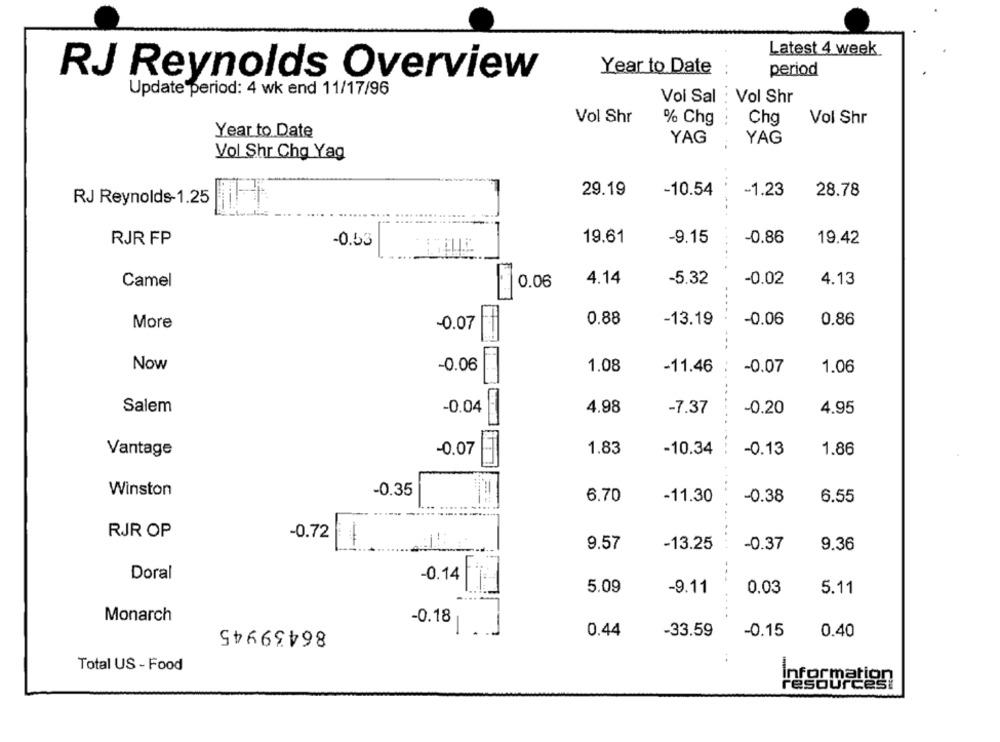
Latest 4 week
Year to Date
period
RJ Reynolds Overview
Update period: 4 wk end 11/17/96
Vol Sal
Vol Shr
Vol Shr
% Chg
-.
Chg
Vol Shr
Year to Date
YAG
YAG
Vol Shr Chg Yag
29.19
-10.54
-1.23
28.78
RJ Reynolds-1.25
RJR FP
-0.53
19.61
-9.15
-0.86
19.42
Camel
4.14
-5.32
-0.02
4.13
0.06
0.88
More
-0.07
-13.19
-0.06
0.86
Now
-0.06
1.08
-11.46
-0.07
1.06
Salem
-0.04
4.98
-7.37
-0.20
4.95
Vantage
-0.07
1.83
-10.34
-0.13
1.86
Winston
-0.35
6.70
-0.38
-11.30
6.55
RJR OP
-0.72
9.57
-13.25
-0.37
9.36
Doral
-0.14
---
5.09
-9.11
0.03
5.11
Monarch
86439945
-0.18
-
0.44
-33.59
-0.15
0.40
Total US - Food
Information